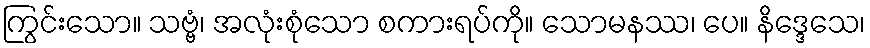
ကြွင်းသော။ သဗ္ဗံ၊ အလုံးစုံသော စကားရပ်ကို။ သောမနဿ၊ ပေ။ နိဒ္ဒေသေ၊